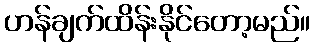
ဟန်ချက်ထိန်းနိုင်တော့မည်။